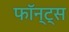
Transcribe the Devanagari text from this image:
फॉन्ट्‌स